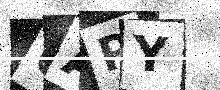
Text: 0APY